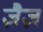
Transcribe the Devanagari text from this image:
ज़ैज़